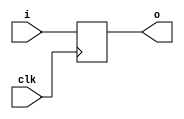
module pc_3bit (
    input wire [2:0] i,
    input wire clk,
    output wire [2:0] o
);
    reg [2:0] _reg = 3'b000;
    always @(posedge clk) begin
        _reg <= i;
    end
assign o = _reg;
endmodule